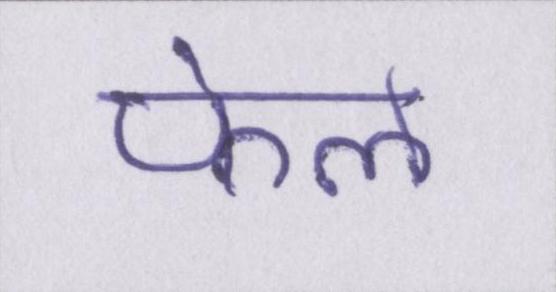
फेल